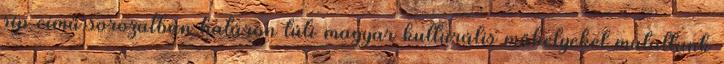
síp című sorozatban határon túli magyar kulturális műhelyeket mutattunk